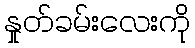
နှုတ်ခမ်းလေးကို